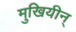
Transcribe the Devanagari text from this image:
मुखियीन्